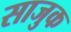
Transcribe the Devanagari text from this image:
साजुक